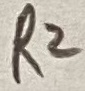
Text: R2